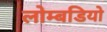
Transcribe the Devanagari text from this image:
लोम्बडियो